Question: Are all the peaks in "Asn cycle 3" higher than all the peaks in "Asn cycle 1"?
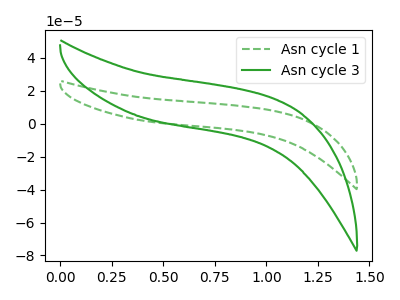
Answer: <think>The green dashed curve "Asn cycle 1" has no peaks. The green curve "Asn cycle 3" has no peaks.</think>
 <answer>Niether CV has any peaks.</answer>
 <eval>blanks</eval>